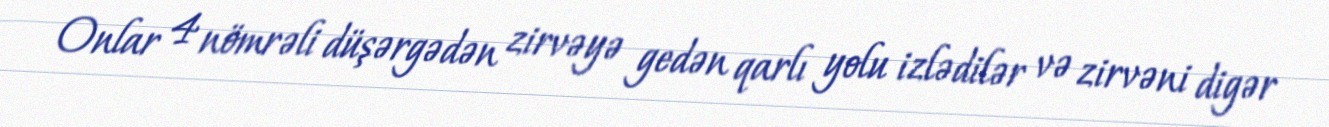
Onlar 4 nömrəli düşərgədən zirvəyə gedən qarlı yolu izlədilər və zirvəni digər